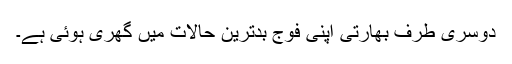
دوسری طرف بھارتی اپنی فوج بدترین حالات میں گھری ہوئی ہے۔